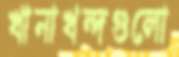
খানাখন্দগুলো